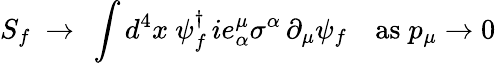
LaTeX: S_{f}~\rightarrow~\int d^{4}x~\psi_{f}^{\dagger}\, ie_{\alpha}^{\mu}\sigma^{\alpha}\, \partial_{\mu}\psi_{f}\quad\mathrm{as}\; p_{\mu}\rightarrow 0